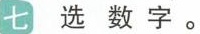
七 选数字。